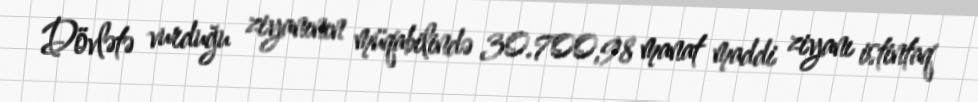
Dövlətə vurduğu ziyanının müqabilində 30.700,98 manat maddi ziyanı istintaq